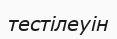
тестілеуін